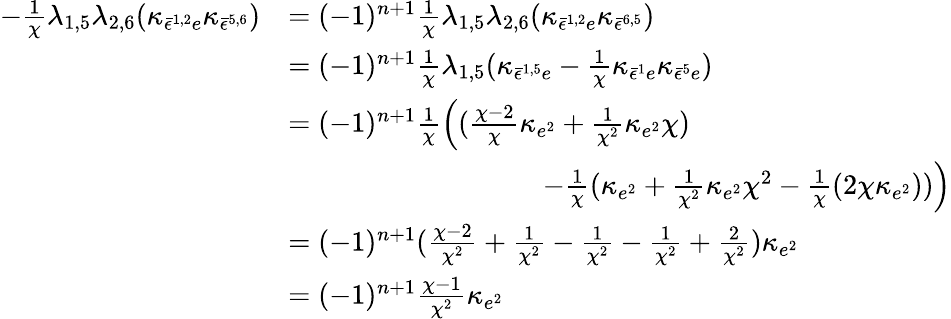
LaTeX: \begin{array}{rl}{-\frac{1}{\chi}\lambda_{1,5}\lambda_{2,6}(\kappa_{\bar{\epsilon}^{1,2}e}\kappa_{\bar{\epsilon}^{5,6}})}&{=(-1)^{n+1}\frac{1}{\chi}\lambda_{1,5}\lambda_{2,6}(\kappa_{\bar{\epsilon}^{1,2}e}\kappa_{\bar{\epsilon}^{6,5}})}\\ &{=(-1)^{n+1}\frac{1}{\chi}\lambda_{1,5}(\kappa_{\bar{\epsilon}^{1,5}e}-\frac{1}{\chi}\kappa_{\bar{\epsilon}^{1}e}\kappa_{\bar{\epsilon}^{5}e})}\\ &{=(-1)^{n+1}\frac{1}{\chi}\Bigl((\frac{\chi-2}{\chi}\kappa_{e^{2}}+\frac{1}{\chi^{2}}\kappa_{e^{2}}\chi)}\\ &{\quad\quad\quad\quad\quad\quad\quad\quad\quad-\frac{1}{\chi}(\kappa_{e^{2}}+\frac{1}{\chi^{2}}\kappa_{e^{2}}\chi^{2}-\frac{1}{\chi}(2\chi\kappa_{e^{2}}))\Bigr)}\\ &{=(-1)^{n+1}(\frac{\chi-2}{\chi^{2}}+\frac{1}{\chi^{2}}-\frac{1}{\chi^{2}}-\frac{1}{\chi^{2}}+\frac{2}{\chi^{2}})\kappa_{e^{2}}}\\ &{=(-1)^{n+1}\frac{\chi-1}{\chi^{2}}\kappa_{e^{2}}}\end{array}